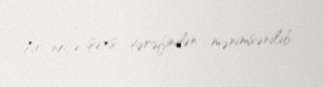
bir neçə şəxs tərəfindən mənimsənilib.